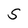
Character: S